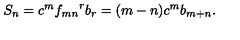
S _ { n } = c ^ { m } { f _ { m n } } ^ { r } b _ { r } = ( m - n ) c ^ { m } b _ { m + n } .